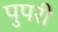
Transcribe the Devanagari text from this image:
पुपरी